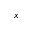
x